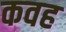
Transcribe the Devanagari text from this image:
कवह